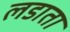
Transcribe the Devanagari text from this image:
लडाता